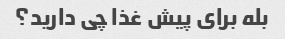
بله برای پیش غذا چی دارید؟